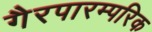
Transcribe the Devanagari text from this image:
गैरपारम्परिक